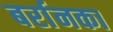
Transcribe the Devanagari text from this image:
बर्रानका